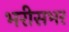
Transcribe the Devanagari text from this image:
भरीसभर